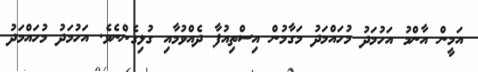
އަމީން އާންމު އަހުމަދު މުހައްމަދު މަގާމުން އިސްތިއުފާ ދެއްވުމާއި ގުޅިގެންނެވެ. އަހުމަދު މުހައްމަދު